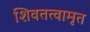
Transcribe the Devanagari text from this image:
शिवतत्वामृत